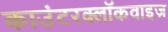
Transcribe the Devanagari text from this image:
काउंटरक्लॉकवाइज़